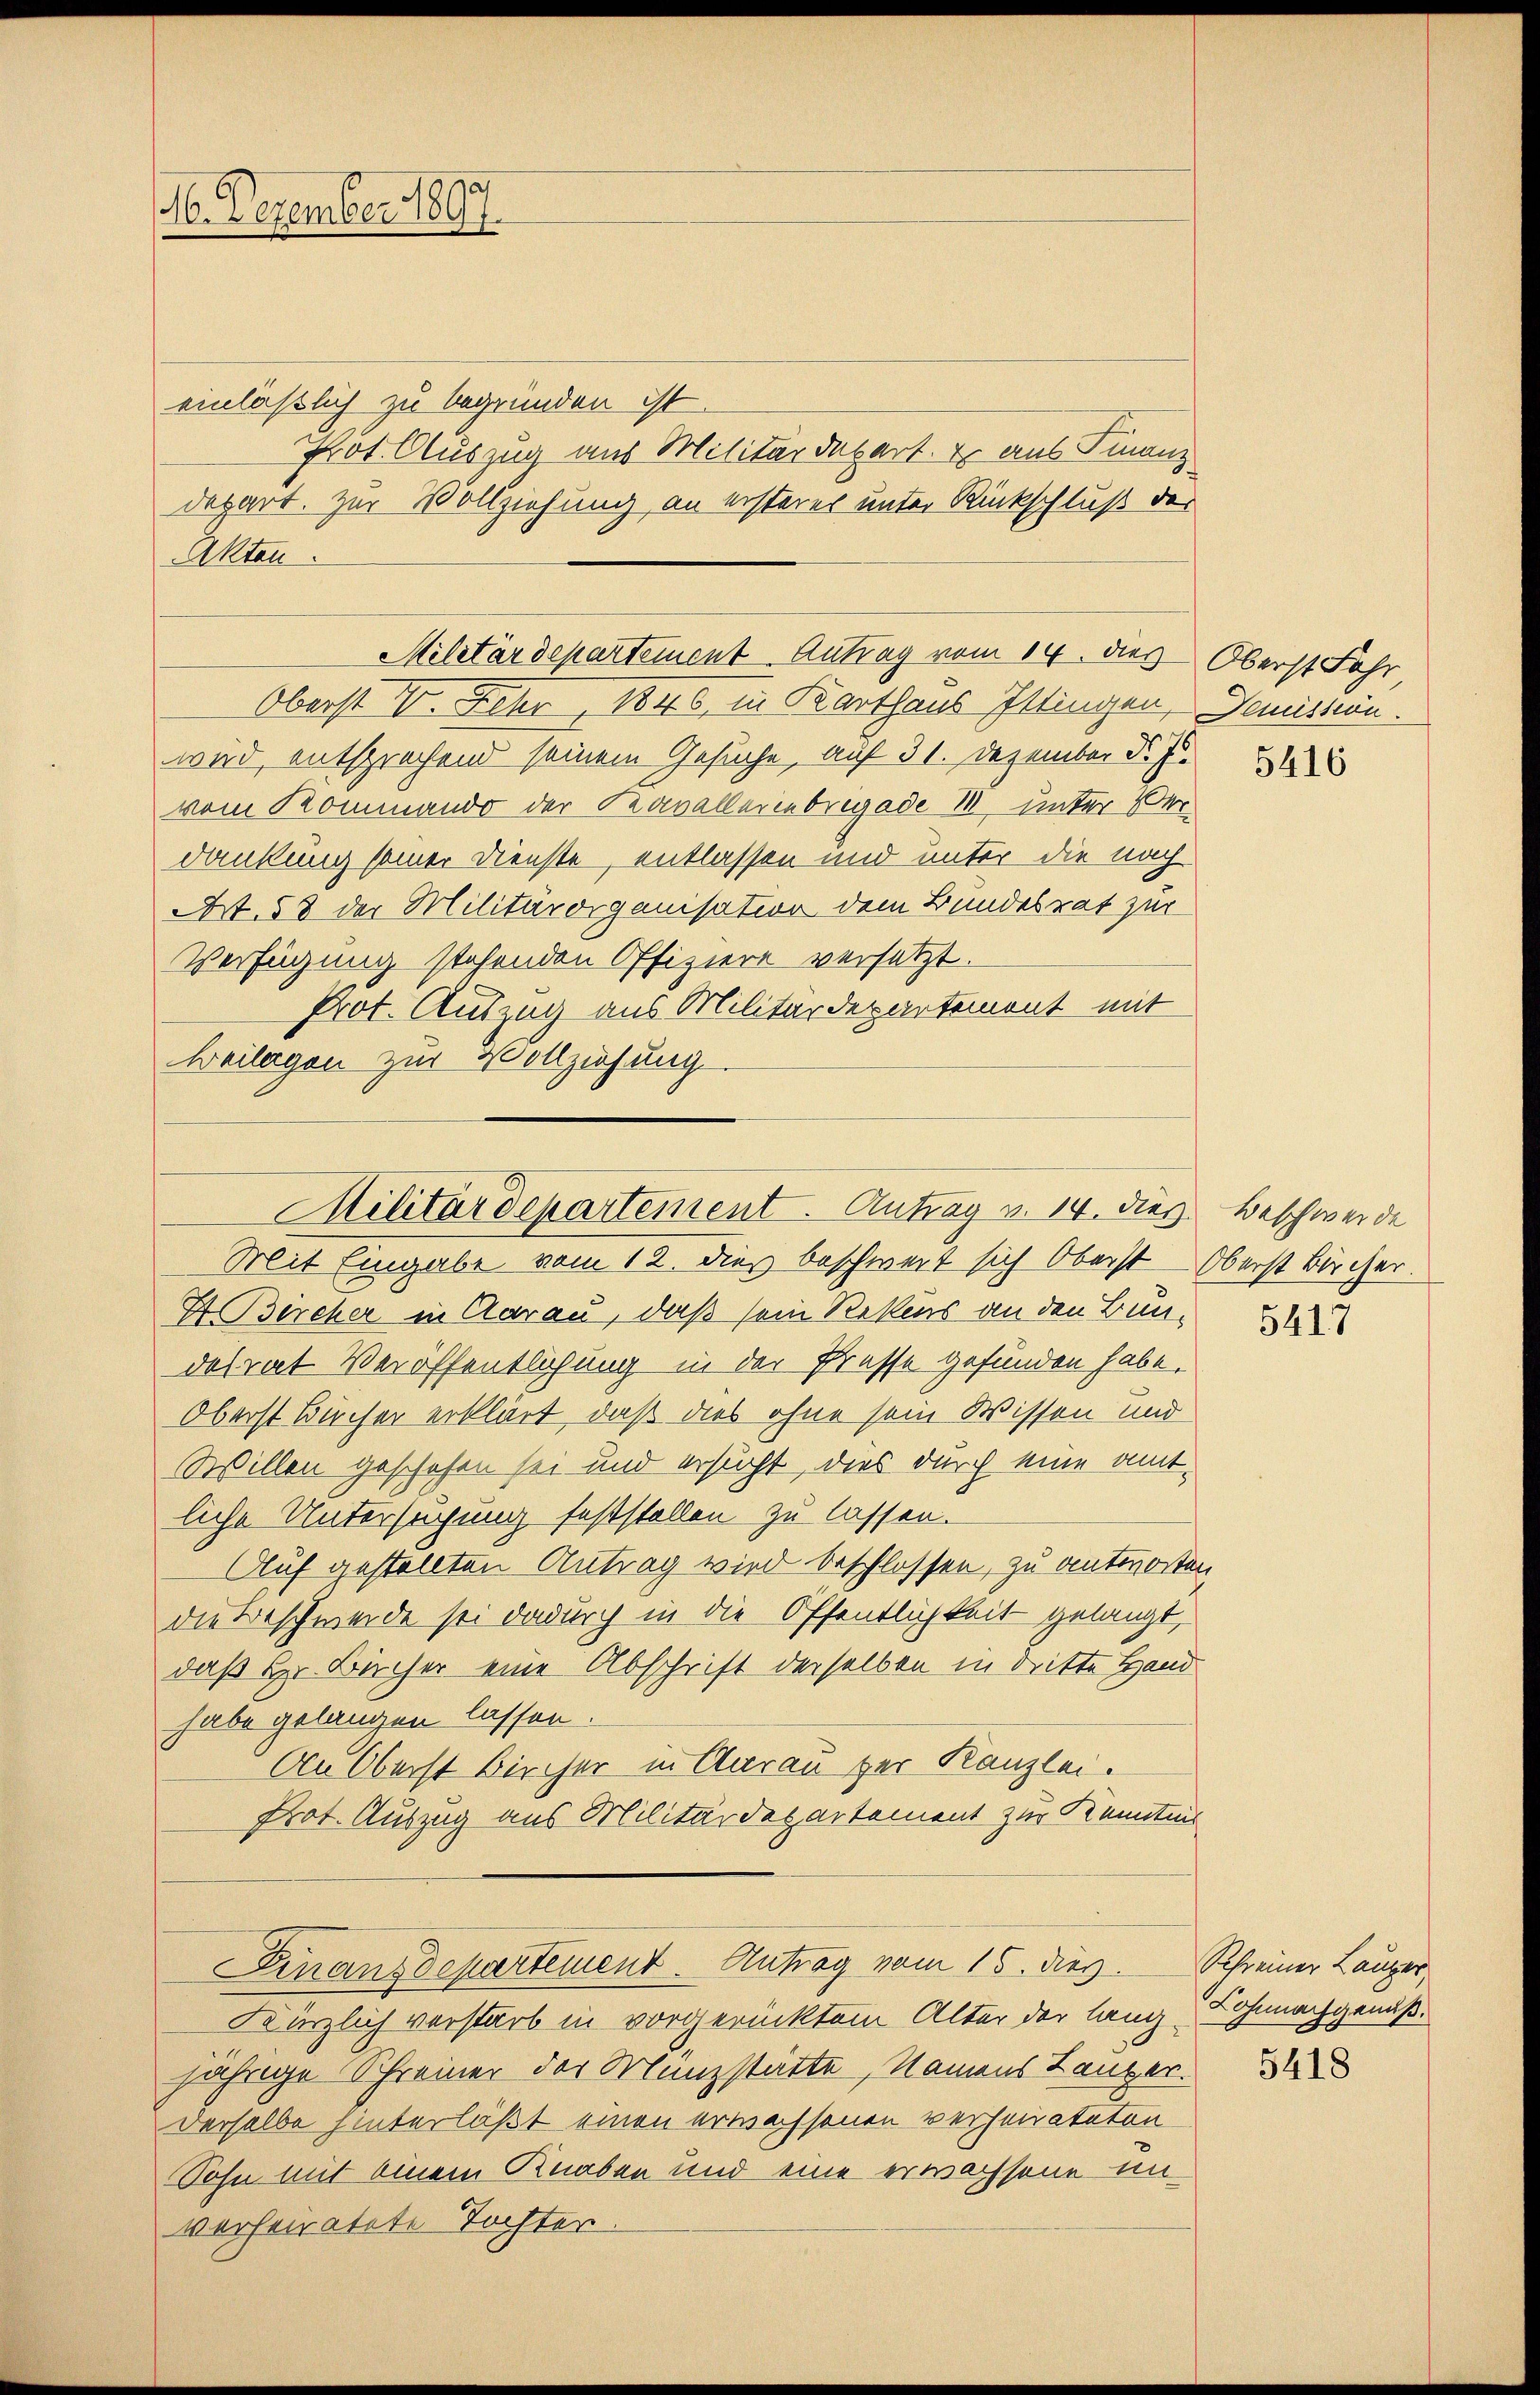
16. Dezember 1897

einläßlich zu begründen ist.
Prot. Auszug aus Militärdepart. Er aus Finanz
depart. Zur Vollziehung, an ersteres unter Rückschluß der
Akten.

Oberst V. Fehr, 1848 in Karthaus Ittingen, Demission.
wird, entsprechend seinem Gesuche, auf 31. Dezember d. Js.
vom Kommando der Kavalleriebrigade II, unter Ver
dankung seiner Dienste, entlassen und unter die nach
Art. 58 der Militärorganisation dem Bundesrat zur
Verfügung stehenden Offiziere versetzt.
Prot. Auszug aus Militärdepartement mit
Beilagen zur Vollziehung
Mit Eingabe vom 12. dieß beschwert sich Oberst Oberst Bircher.
I Bircher in darau, daß sein Rekens an den Bun-
dalrat Veröffentlichung in der Prasse gefunden habe.
Oberst Bücher erklärt, daß dies ohne sein Wissen und
Willen geschehen sei und ersucht, dies durch eine amtliche Untersuchung feststellen zu lassen.
Auf gestellten Antrag wird beschlossen, zu antworten,
die Beschwerde sei dadurch in die Öffentlichkeit gelangt,
daß Hr. Bücher eine Abschrift derselben in dritte Hand
habe gelangen lassen.
An Oberst Bircher in Aarau zur Kanzlei.
Prot. Auszug aus Militärdepartement zur Kenntnis
Finanzdepartement. Antrag vom 15. dies. Schreiner Lauper
Kürzlich verstarb in vorgerücktem Alter der lang Lohnachgenuß.
jährige Schreiner der Münzstätte, Namens Langer.
derselbe hinterläßt einen erwachsenen verheirateten
Sohn mit einem Knaben und eine erwachsene in
verheiratete Tochter.

Militärdepartement Antrag vom 14. dies Oberst Fahr

Militärdepartement. Antrag v. 14. dies Beschwerde

5416

5417

5418